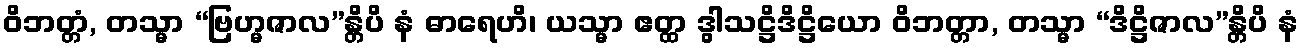
ဝိဘတ္တံ, တသ္မာ “ဗြဟ္မဇာလ”န္တိပိ နံ ဓာရေဟိ၊ ယသ္မာ ဧတ္ထ ဒွါသဋ္ဌိဒိဋ္ဌိယော ဝိဘတ္တာ, တသ္မာ “ဒိဋ္ဌိဇာလ”န္တိပိ နံ